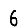
Digit: 6